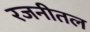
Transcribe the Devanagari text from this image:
रजनीतल